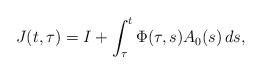
LaTeX: \begin{align*}J(t,\tau)= I+\int_{\tau}^{t}\Phi(\tau,s)A_{0}(s)\,ds,\end{align*}